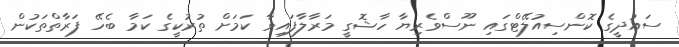
ސައުދީގެ ކޮންސިއުލޭޓްގައި ނޫސްވެރިޔާ ހާޝޮގީ މަރާލާފައިވާ ކަމަށް ތުރުކީގެ ކަމާ ބެހޭ ފަރާތްތަކުން